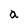
Character: a